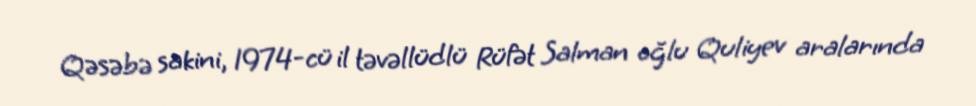
Qəsəbə sakini, 1974-cü il təvəllüdlü Rüfət Salman oğlu Quliyev aralarında